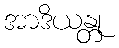
အာဒိယန္တု